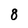
Character: 8